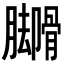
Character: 𬛟